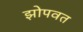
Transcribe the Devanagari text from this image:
झोपवत